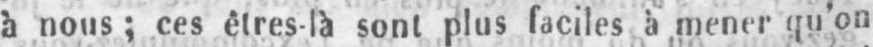
à nous; ces êtres-là sont plus faciles à mener qu’on